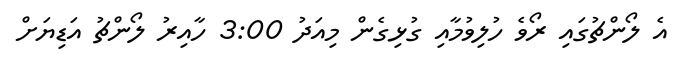
އެ ލޯންޗުގައި ރޯވެ ހުލިވުމާއި ގުޅިގެން މިއަދު 3:00 ހާއިރު ލޯންޗު އަޑިޔަށް